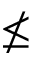
\nleq